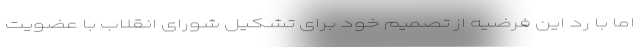
اما با رد این فرضیه از تصمیم خود برای تشکیل شورای انقلاب با عضویت